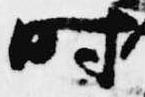
時